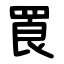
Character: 䍚